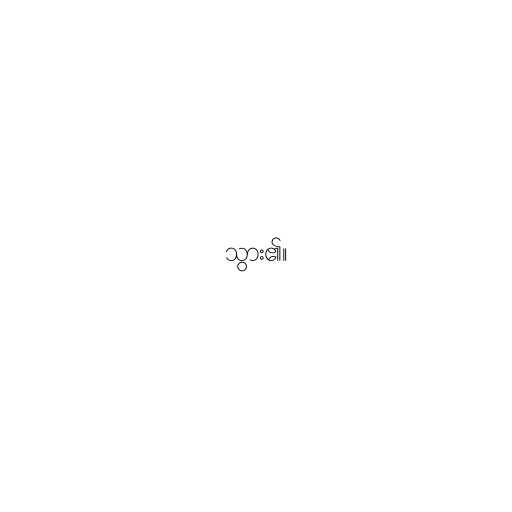
သွား၏။